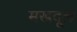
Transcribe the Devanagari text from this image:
मखदूल